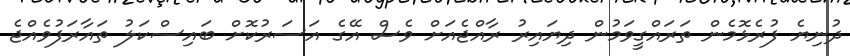
ދުނިޔެ ފުރެޅޮމެން ތަރައްގީވަމުން ދިޔައިރު ރާއްޖެއަށް ވެސް އޭގެ އަސަރުކޮށް ބައިސްކަލު ތައާރަފުވެއްޖެ